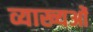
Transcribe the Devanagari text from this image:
व्याख्यओं